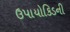
ઉપાયોકિડની